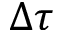
\Delta \tau